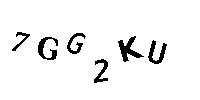
7GG2KU